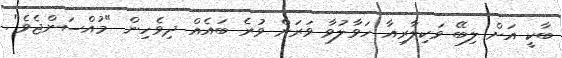
ބާކީ އަށް ލިބޭ ވަކިލާރިއާ ހަވާލުވާ ވަރަށް ވުރެ ބައެއް ދިވެހިން "މުއްސަންޖެވެ".